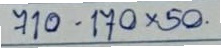
710 - 170x50